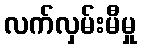
လက်လှမ်းမီမှု